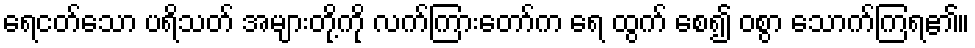
ရေငတ်သော ပရိသတ် အများတို့ကို လက်ကြားတော်က ရေ ထွက် စေ၍ ဝစွာ သောက်ကြရ၏။